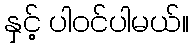
နှင့် ပါဝင်ပါမယ်။